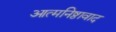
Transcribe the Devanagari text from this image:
आत्मनिष्ठावाद